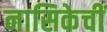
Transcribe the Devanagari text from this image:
नासिकेचीं